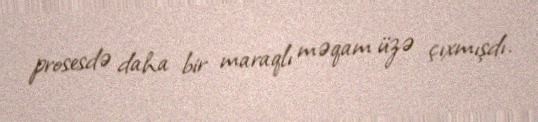
prosesdə daha bir maraqlı məqam üzə çıxmışdı.